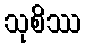
သုစိဿ